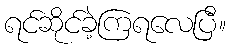
ရင်ဆိုင်ခဲ့ကြရလေပြီ။